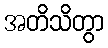
အတိသိတွာ